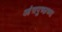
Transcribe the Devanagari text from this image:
आंत्रपुच्छच्या